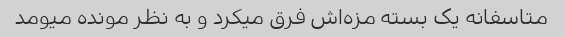
متاسفانه یک‌ بسته مزه‌اش فرق میکرد و به نظر مونده میومد